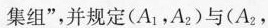
集组”，并规定(A_{1}，A_{2})与(A_{2}，